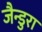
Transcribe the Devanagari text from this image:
जैन्डुरा